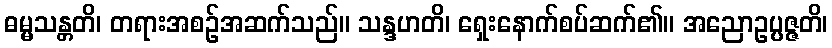
ဓမ္မသန္တတိ၊ တရားအစဉ်အဆက်သည်။ သန္ဒဟတိ၊ ရှေးနောက်စပ်ဆက်၏။ အညောဥပ္ပဇ္ဇတိ၊